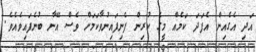
އަދި އެގެއިން އެފަދަ ކަމެއް މީގެ ކުރިން ފެނިފައިނުވާކަމަށް ވެސް އޭނާ ބުނެފައިވެއެވެ.